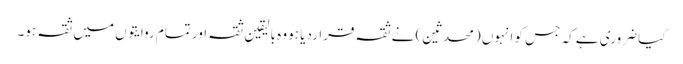
کیا ضروری ہے کہ جس کو انہوں (محدثین) نے ثقہ قراردیا ہو وہ بالیقین ثقہ اور تمام روایتوں میں ثقہ ہو۔